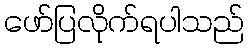
ဖော်ပြလိုက်ရပါသည်